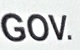
GOV.